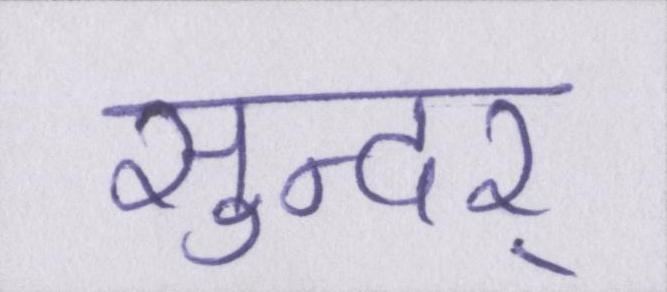
सुन्दर्